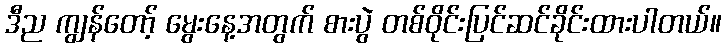
ဒီည ကျွန်တော့် မွေးနေ့အတွက် စားပွဲ တစ်ဝိုင်းပြင်ဆင်ခိုင်းထားပါတယ်။